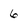
Character: 6